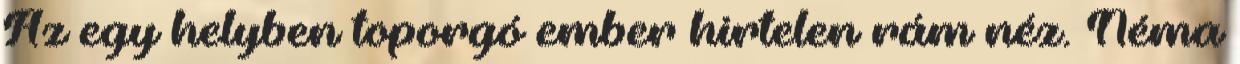
Az egy helyben toporgó ember hirtelen rám néz. Néma